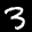
Label: 3